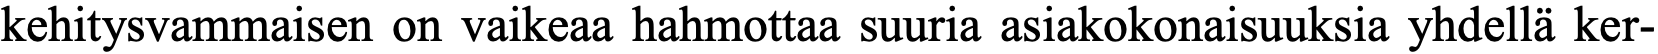
kehitysvammaisen on vaikeaa hahmottaa suuria asiakokonaisuuksia yhdellä ker-